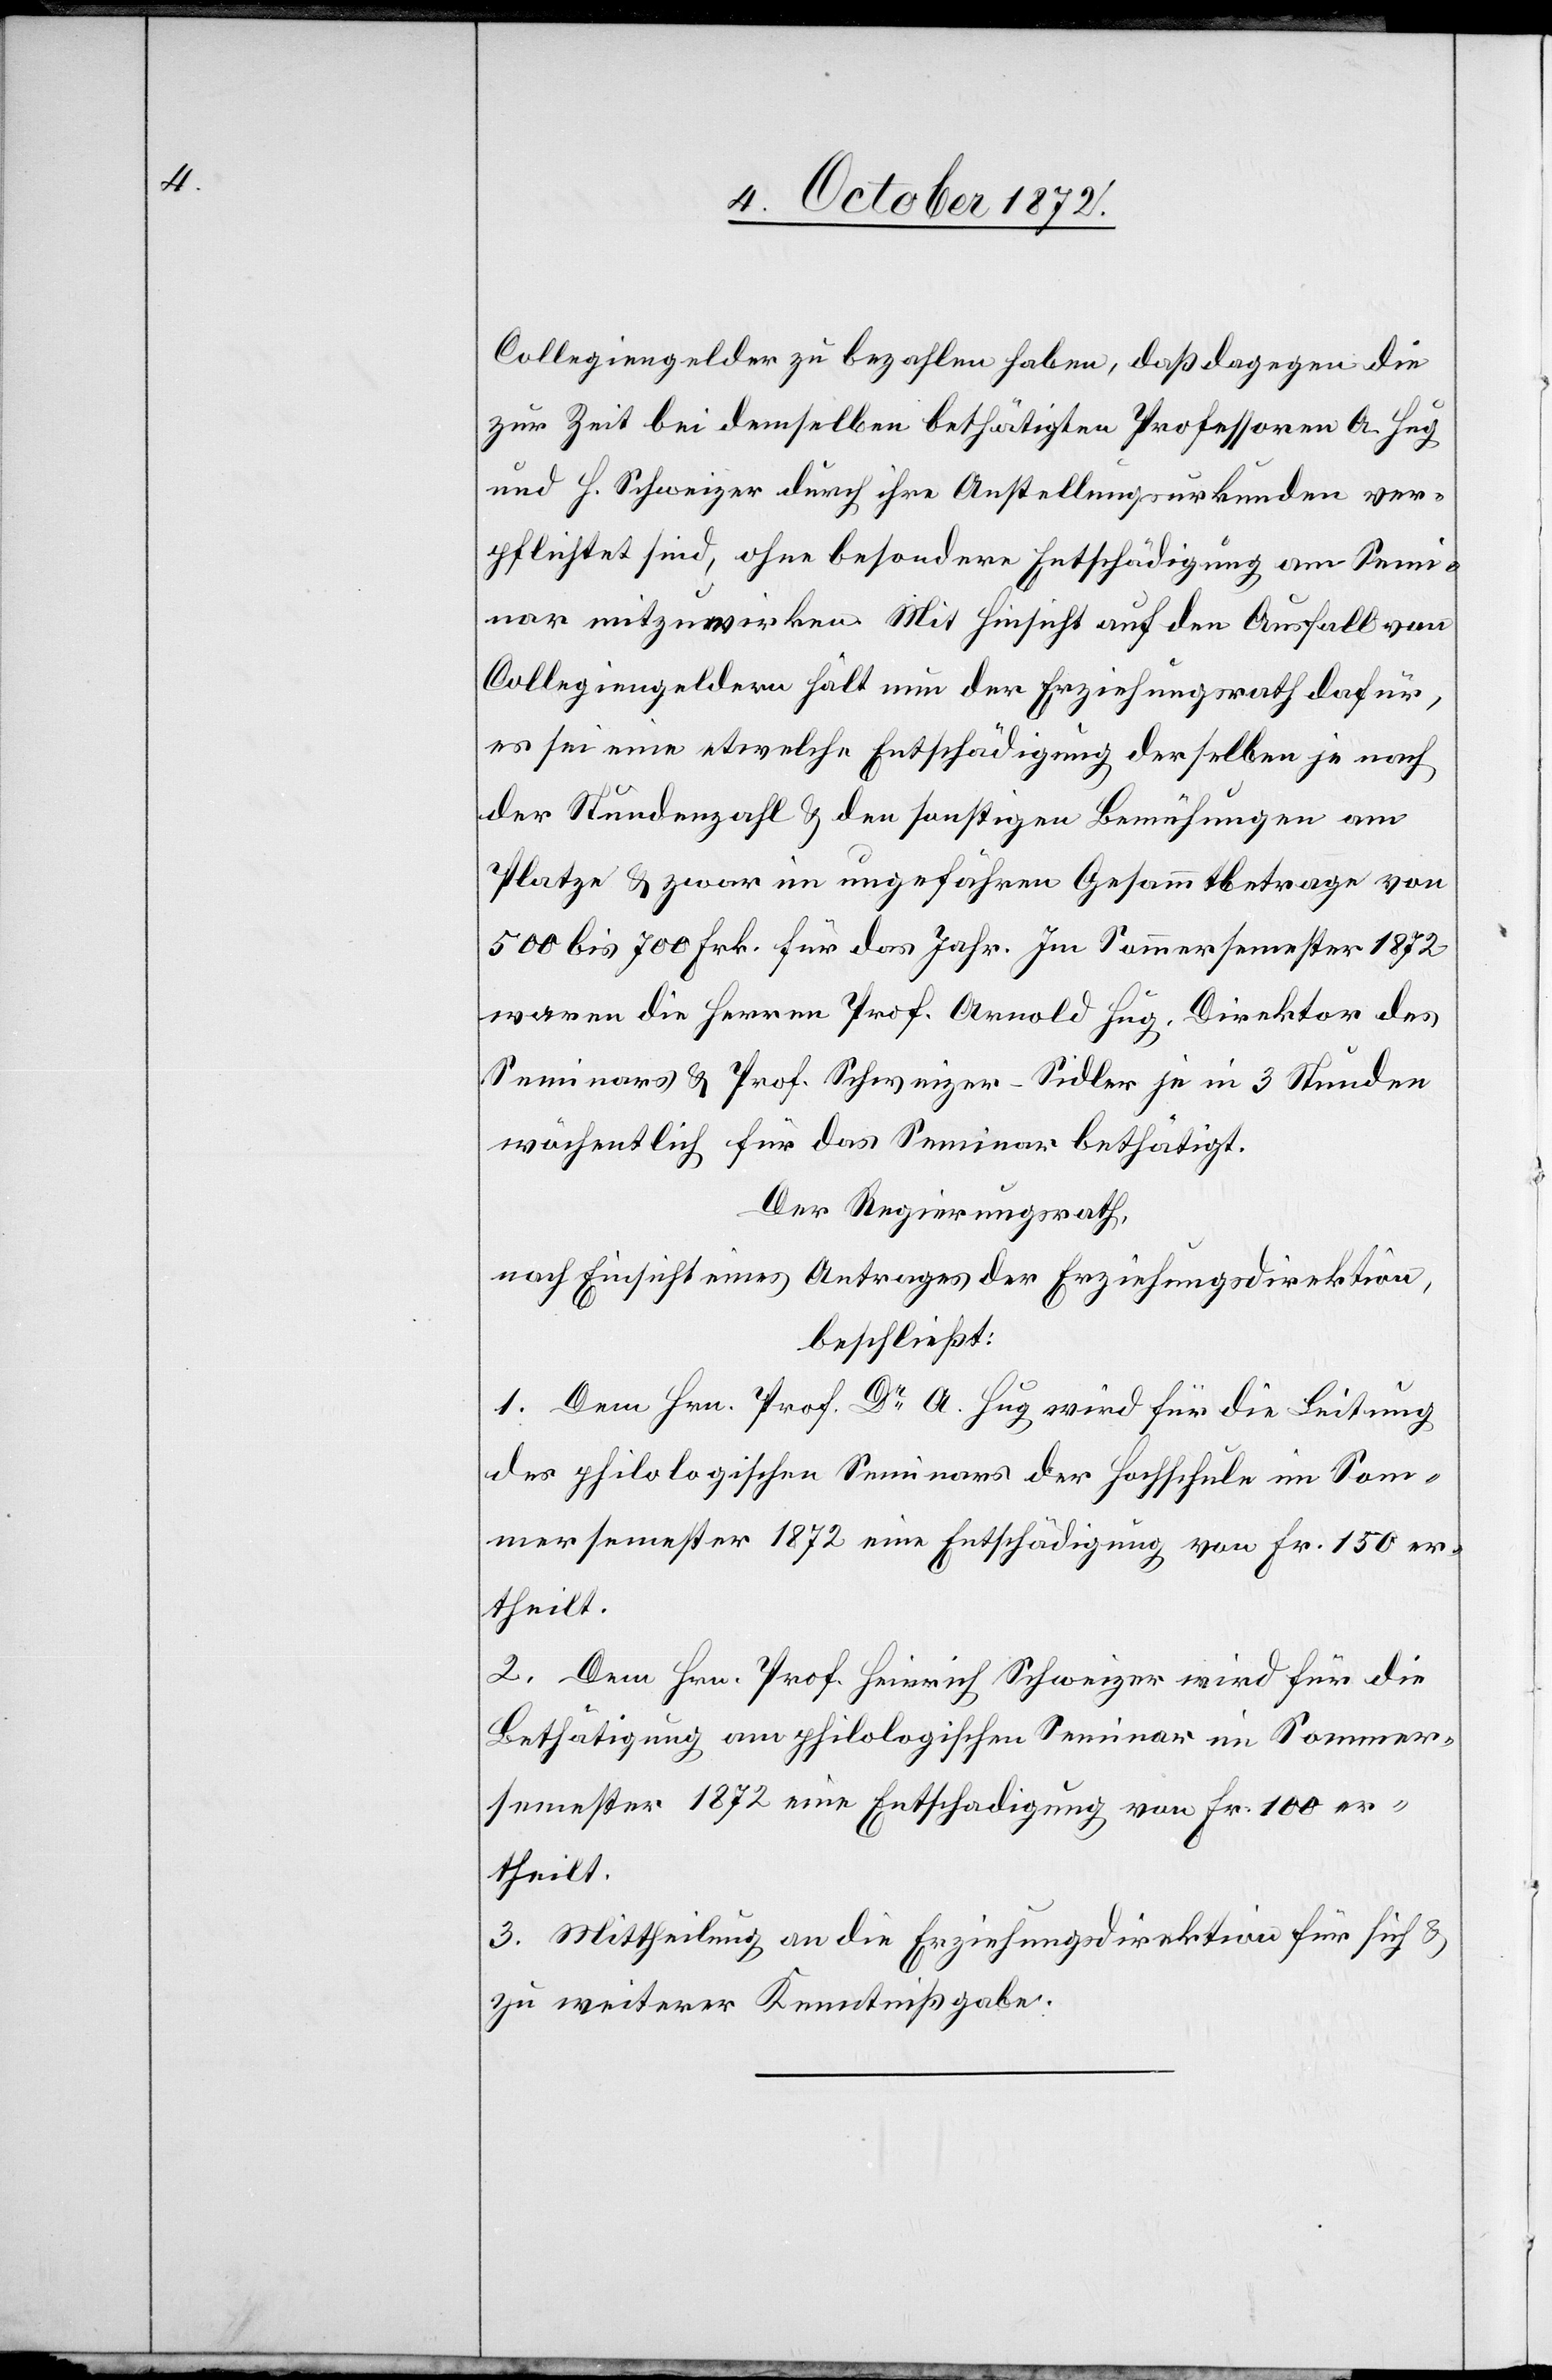
Stunden

Collegiengelder zu bezahlen haben, daß dagegen die
zur Zeit bei demselben bethätigte Professoren A. Hug
und H. Schweizer durch ihre Anstellungsurkunden ver¬
pflichtet sind, ohne besondere Entschädigung am Semi¬
nar mitzuwirken. Mit Hinsicht auf den Ausfall von
Collegiengeldern hält nun der Erziehungsrath dafür,
es sei eine etwelche Entschädigung derselben je nach
der Stundenzahl u. den sonstigen Bemühungen am
Platze u. zwar im ungefähren Gesammtbetrage von
500 bis 700 Frk. für das Jahr. Im Sommersemester 1872
waren die Herren Prof. Schweizer-Sidler je
wöchentlich für das Seminar bethätigt.
Der Regierungsrath,
nach Einsicht eines Antrages der Erziehungsdirektion,
beschließt:
1. Dem Hrn. Prof. Dr A. Hug wird für die Leitung
des philologischen Seminars der Hochschule im Som¬
mersemester 1872 eine Entschädigung von Fr. 150 er¬
theilt.
2. Dem Hrn. Prof. Heinrich Schweizer wird für die
Bethätigung am philologischen Seminar im Sommer¬
semester 1872 eine Entschädigung von Fr. 100 er¬
theilt.
3. Mittheilung an die Erziehungsdirektion für sich u.
zu weiterer Kenntnißgabe.